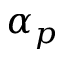
\alpha _ { p }